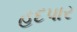
હદપાર